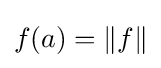
f(a)=\|f\|